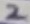
Text: 2